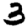
Digit: 3